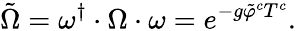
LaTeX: \tilde{\Omega}=\omega^{\dagger}\cdot\Omega\cdot\omega=e^{-g\tilde{\varphi}^{c}T^{c}}.